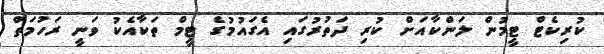
ކުރިކެޓް ޓީމުން ލަންކާއަށް ކުރި ދަތުރުގައި އެގައުމުގެ ޓީމް ތަކާއެކު ވަނީ ރަހުމަތް